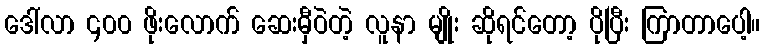
ဒေါ်လာ ၄၀၀ ဖိုးလောက် ဆေးမှီဝဲတဲ့ လူနာ မျိုး ဆိုရင်တော့ ပိုပြီး ကြာတာပေါ့။